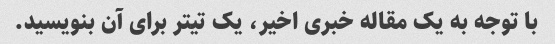
با توجه به یک مقاله خبری اخیر، یک تیتر برای آن بنویسید.